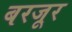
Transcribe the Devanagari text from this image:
बरजूर